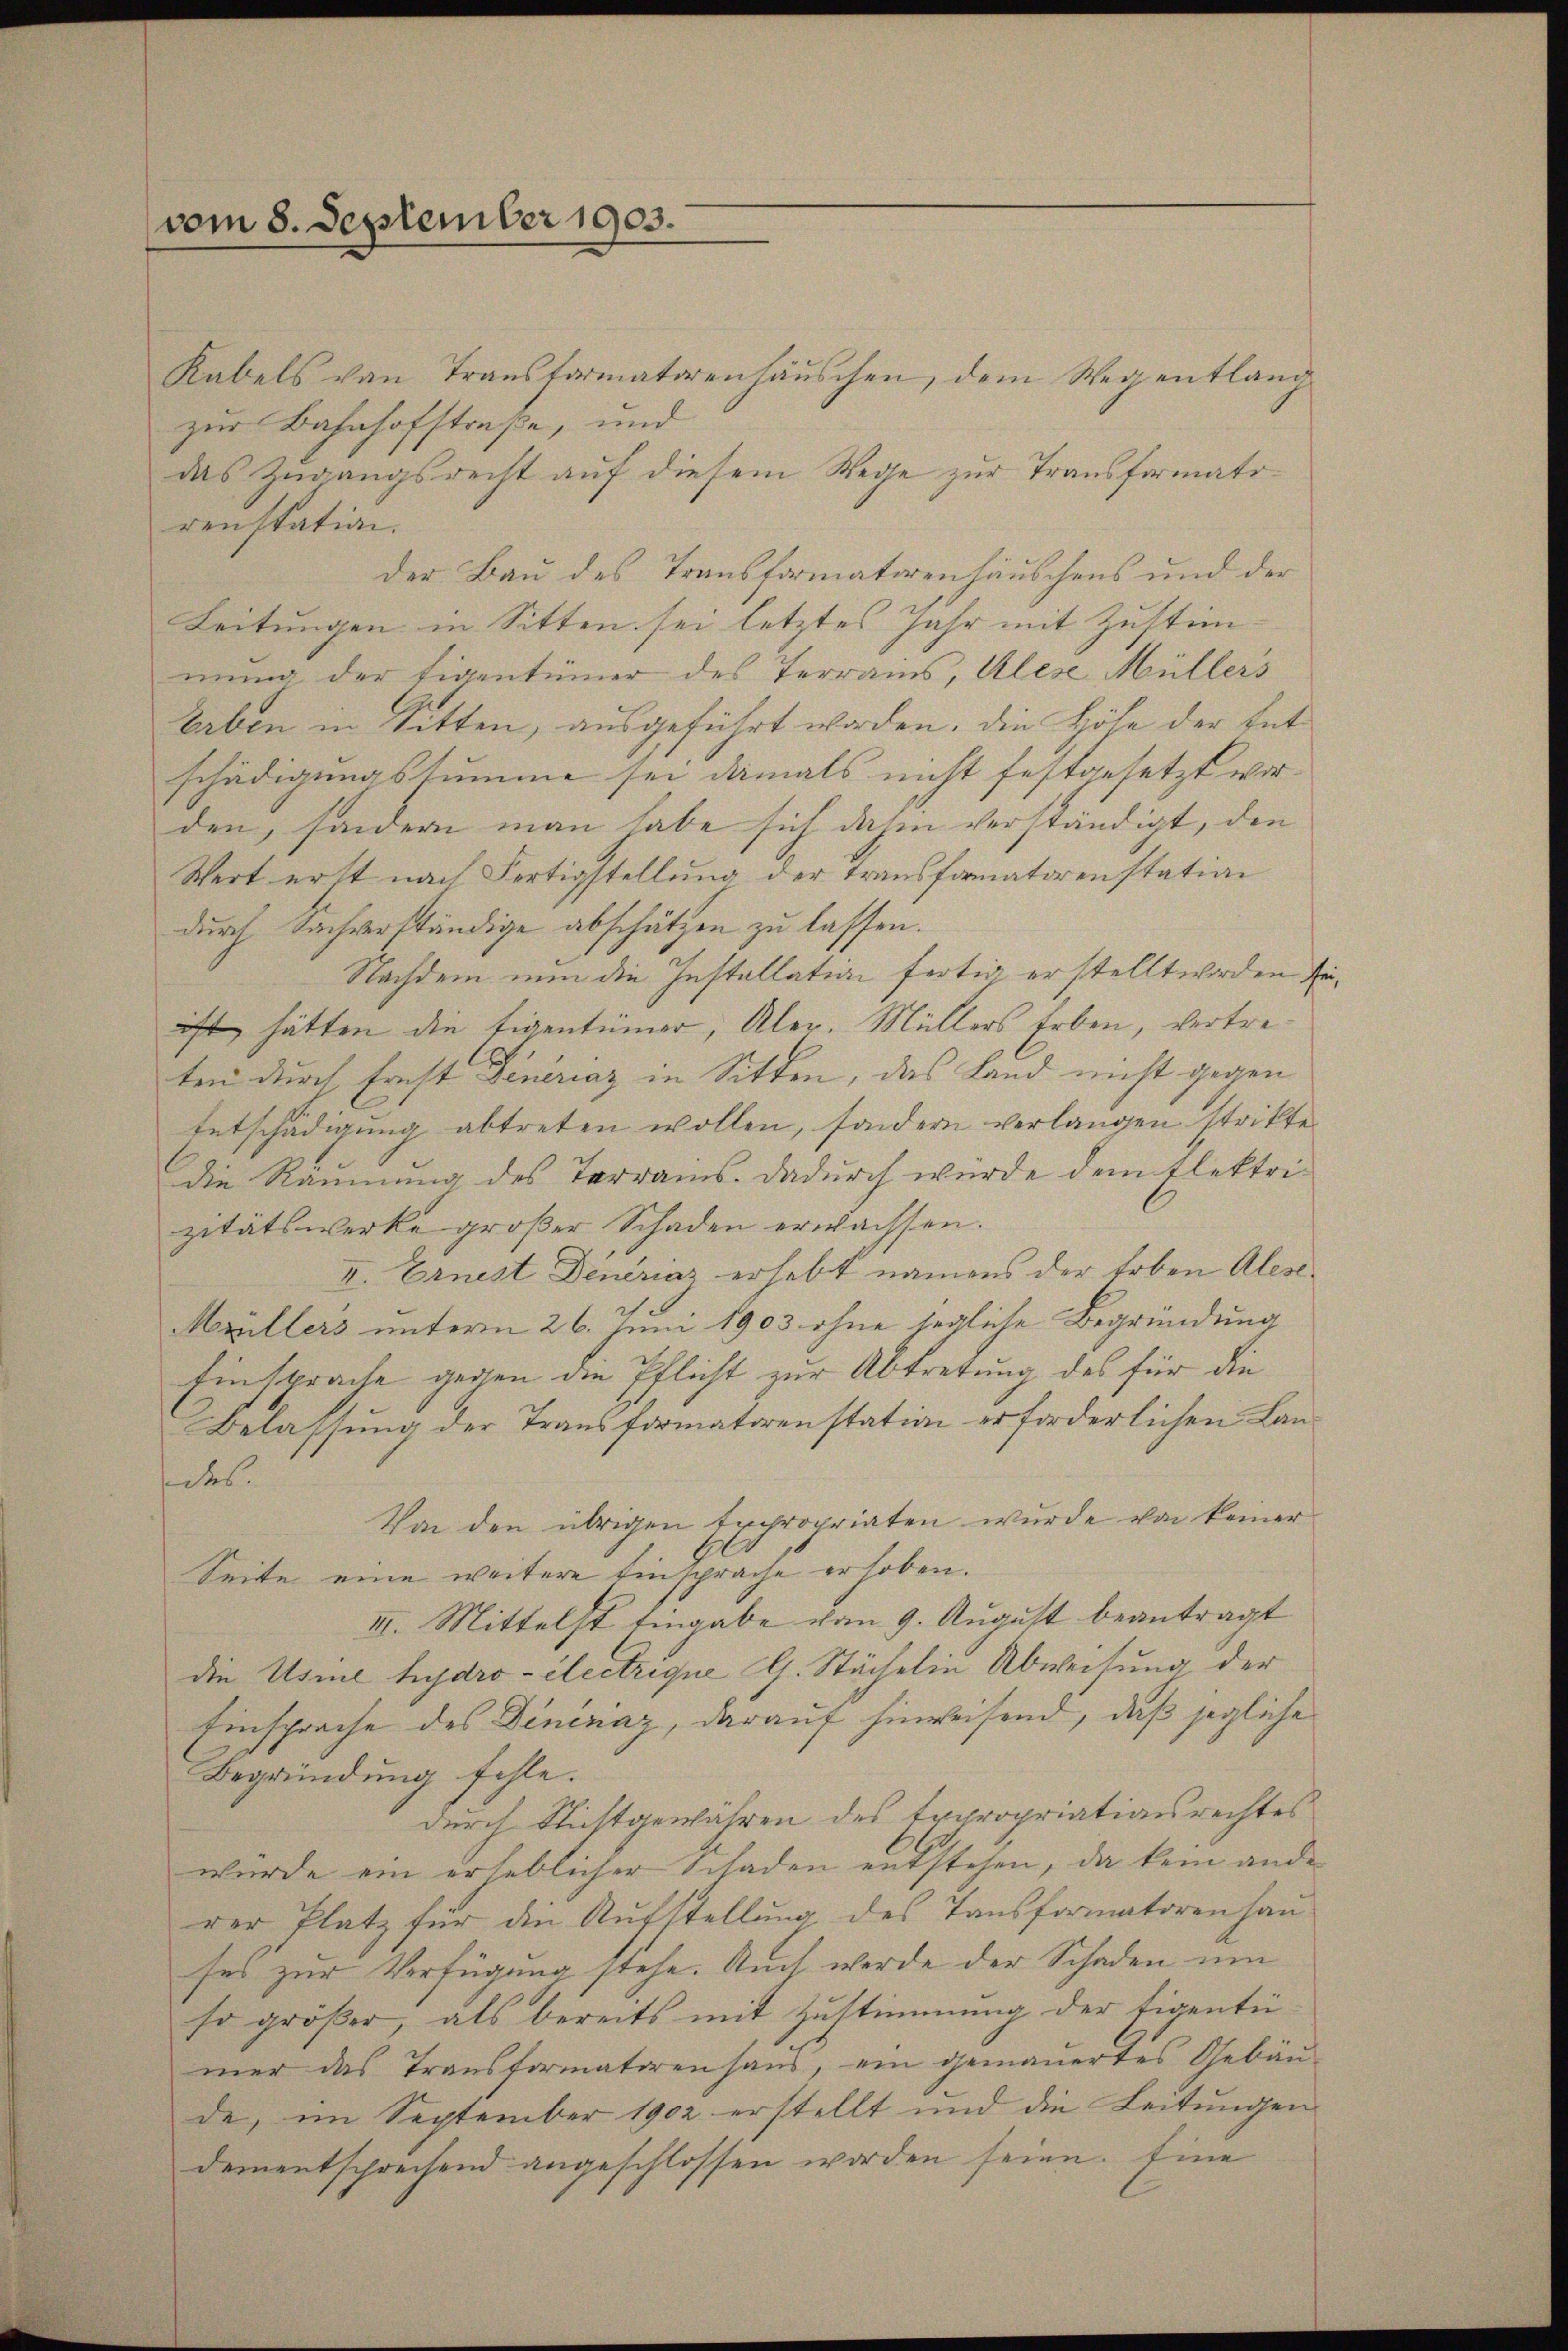
vom 8. September 1903.

Kabels von Transformatorenhäuschen, dem Wegentlang
zur Bahnhofstraße, und
das Zugangsrecht auf diesem Wege zur Transformatsrenstation.
der Bau des Transformatorenhäuschens und der
Leitungen in Sitten sei letztes Jahr mit Zustim-
mung der Eigentümer des Terrains, Alese Müllers
taben in Sitten, ausgeführt worden, die Höhe der Entschädigungssumme sei damals nicht festgesetzt war.
den, sondern man habe sich dahin verständigt, den
Wert erst nach Fertigstellung der Transformatorenstation
durch Sachverständige abschätzen zu lassen.
Nachdem nun die Installation fertig erstellt worden Erist, hätten die Eigentümer, Aler. Müllers Erben, vertreten durch Ernst Generaz in Sitten, das Land nicht gegen
Entschädigung abtreten wollen, sondern verlangen strikte.
die Räumung des Tarrams. Dadurch wurde dem Flektri-
zitätswerke großer Schaden erwachsen.
II. Ernest Deneraz erhebt namens der Erben Alese
Mrüllers unterm 26. Juni 1903 ohne jegliche Begründung
Einsprache gegen die Pflicht zur Abtretung des für die
Belassung der Transformatorenstation erforderlichen Landes.
Von den übrigen Expropriaten wurde von keiner
Seite eine weitere Einsprache erhoben.
III. Mittelst Eingabe vom 9. August beantragt
die Usine hydro- électrique h. Stächelin Abweisung der
Einsprache des Dineraz, darauf hinweisend, daß jegliche
Begründung fehle.
durch Nichtgewähren des Expropriationsrechtes
wurde ein erheblicher Schaden entstehen, da kein ande
rer Platz für die Aufstellung des Tansformatoren hau
ses zur Verfügung stehe. Auch werde der Schaden um
so größer, als bereits mit Zustimmung der Eigentei
mer das Transformatorenhaus, ein gemauertes Gebäude, im September 1902 erstellt und die Leitungen
dementsprechend angeschlossen worden seien. Eine